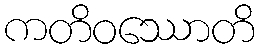
ကတိဝဿောတိ